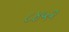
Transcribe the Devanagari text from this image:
८४५२